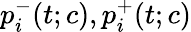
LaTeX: p_{i}^{-}(t;c),p_{i}^{+}(t;c)